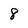
Character: 8